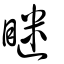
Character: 瞇